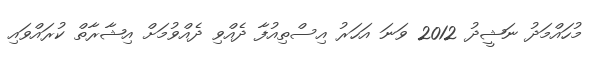
މުހައްމަދު ނަޝީދު 2012 ވަނަ އަހަރު އިސްތިއުފާ ދެއްވި ދެއްވުމަށް އިޝާރާތް ކުރައްވައި